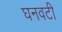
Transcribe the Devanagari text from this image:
घनवटी